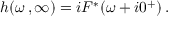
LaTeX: h ( \omega \, , \infty ) = i F ^ { * } ( \omega + i 0 ^ { + } ) \, .